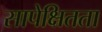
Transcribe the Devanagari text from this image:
सापेक्षितता